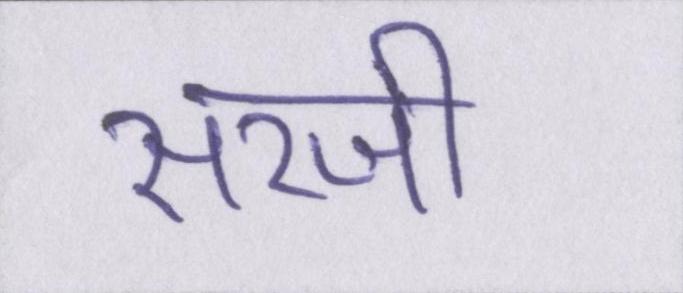
सरजी